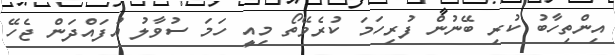
އިންތިހާބު ކުރި ބޭނުން ފުރިހަމަ ކުރެވޭތޯ މިއީ ހަމަ ސުވާލު އުފައްދަން ޖެހޭ